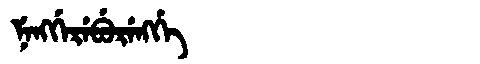
Manchu: ᠨᡝᠩᡤᡝᡵᡝᠪᡠᡵᡝᠩᡤᡝ
Romanization: NENGGEREBURENGGE